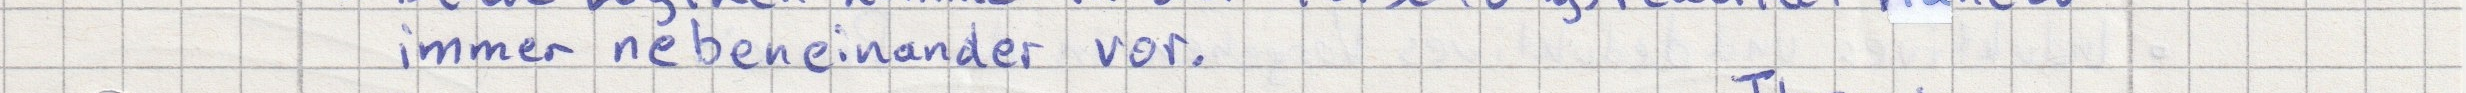
immer nebeneinander vor.